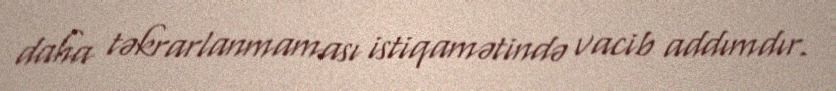
daha təkrarlanmaması istiqamətində vacib addımdır.